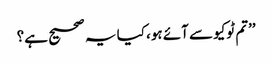
’’تم ٹوکیو سے آئے ہو، کیا یہ صحیح ہے؟